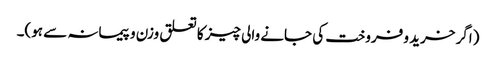
(اگر خرید و فروخت کی جانے والی چیز کا تعلق وزن و پیمانہ سے ہو)۔